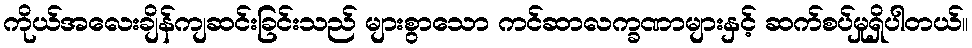
ကိုယ်အလေးချိန်ကျဆင်းခြင်းသည် များစွာသော ကင်ဆာလက္ခဏာများနှင့် ဆက်စပ်မှုရှိပါတယ်။